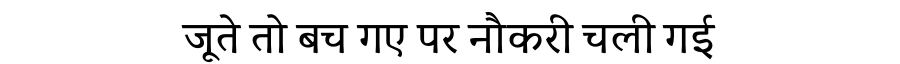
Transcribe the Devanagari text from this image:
जूते तो बच गए पर नौकरी चली गई